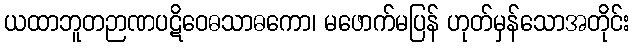
ယထာဘူတဉာဏပဋိဝေဓသာဓကော၊ မဖောက်မပြန် ဟုတ်မှန်သောအတိုင်း